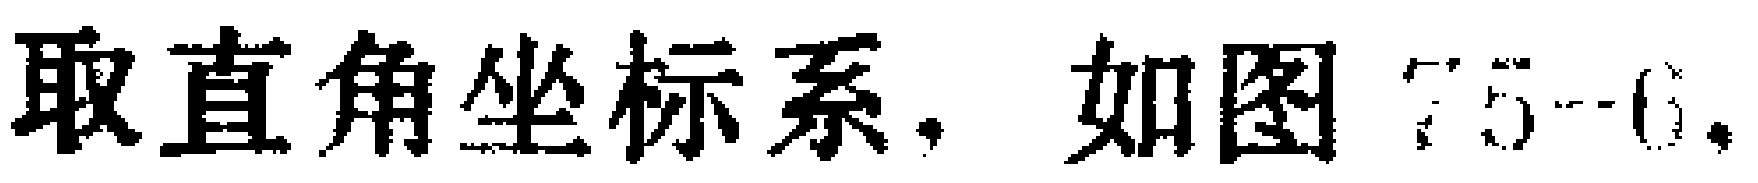
取直角坐标系，如图75-6.